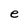
Character: e